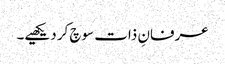
عرفانِ ذات سوچ کر دیکھیے۔